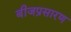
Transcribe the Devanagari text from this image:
बीजप्रसारण